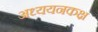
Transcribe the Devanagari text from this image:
अध्ययनकक्ष